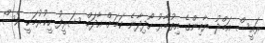
ރައީސް އަބްދު ޔާމިންގެ އިތުބާރު ހޯދިދާނެ ކަމަށް އާދަމް ޝަރީފު ހީކުރުމަކީ ވެސް